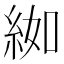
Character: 𦀌